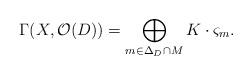
LaTeX: \begin{align*} \Gamma(X,\mathcal{O}(D))=\displaystyle\bigoplus_{ m\in\Delta_{D}\cap M}K \cdot \varsigma_{m}\mbox{.}\end{align*}